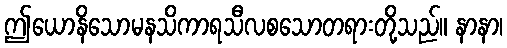
ဤယောနိသောမနသိကာရသီလစသောတရားတို့သည်။ နာနာ၊